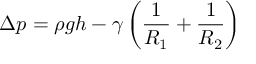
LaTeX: \Delta p = \rho g h - \gamma \left( { \frac { 1 } { R _ { 1 } } } + { \frac { 1 } { R _ { 2 } } } \right)